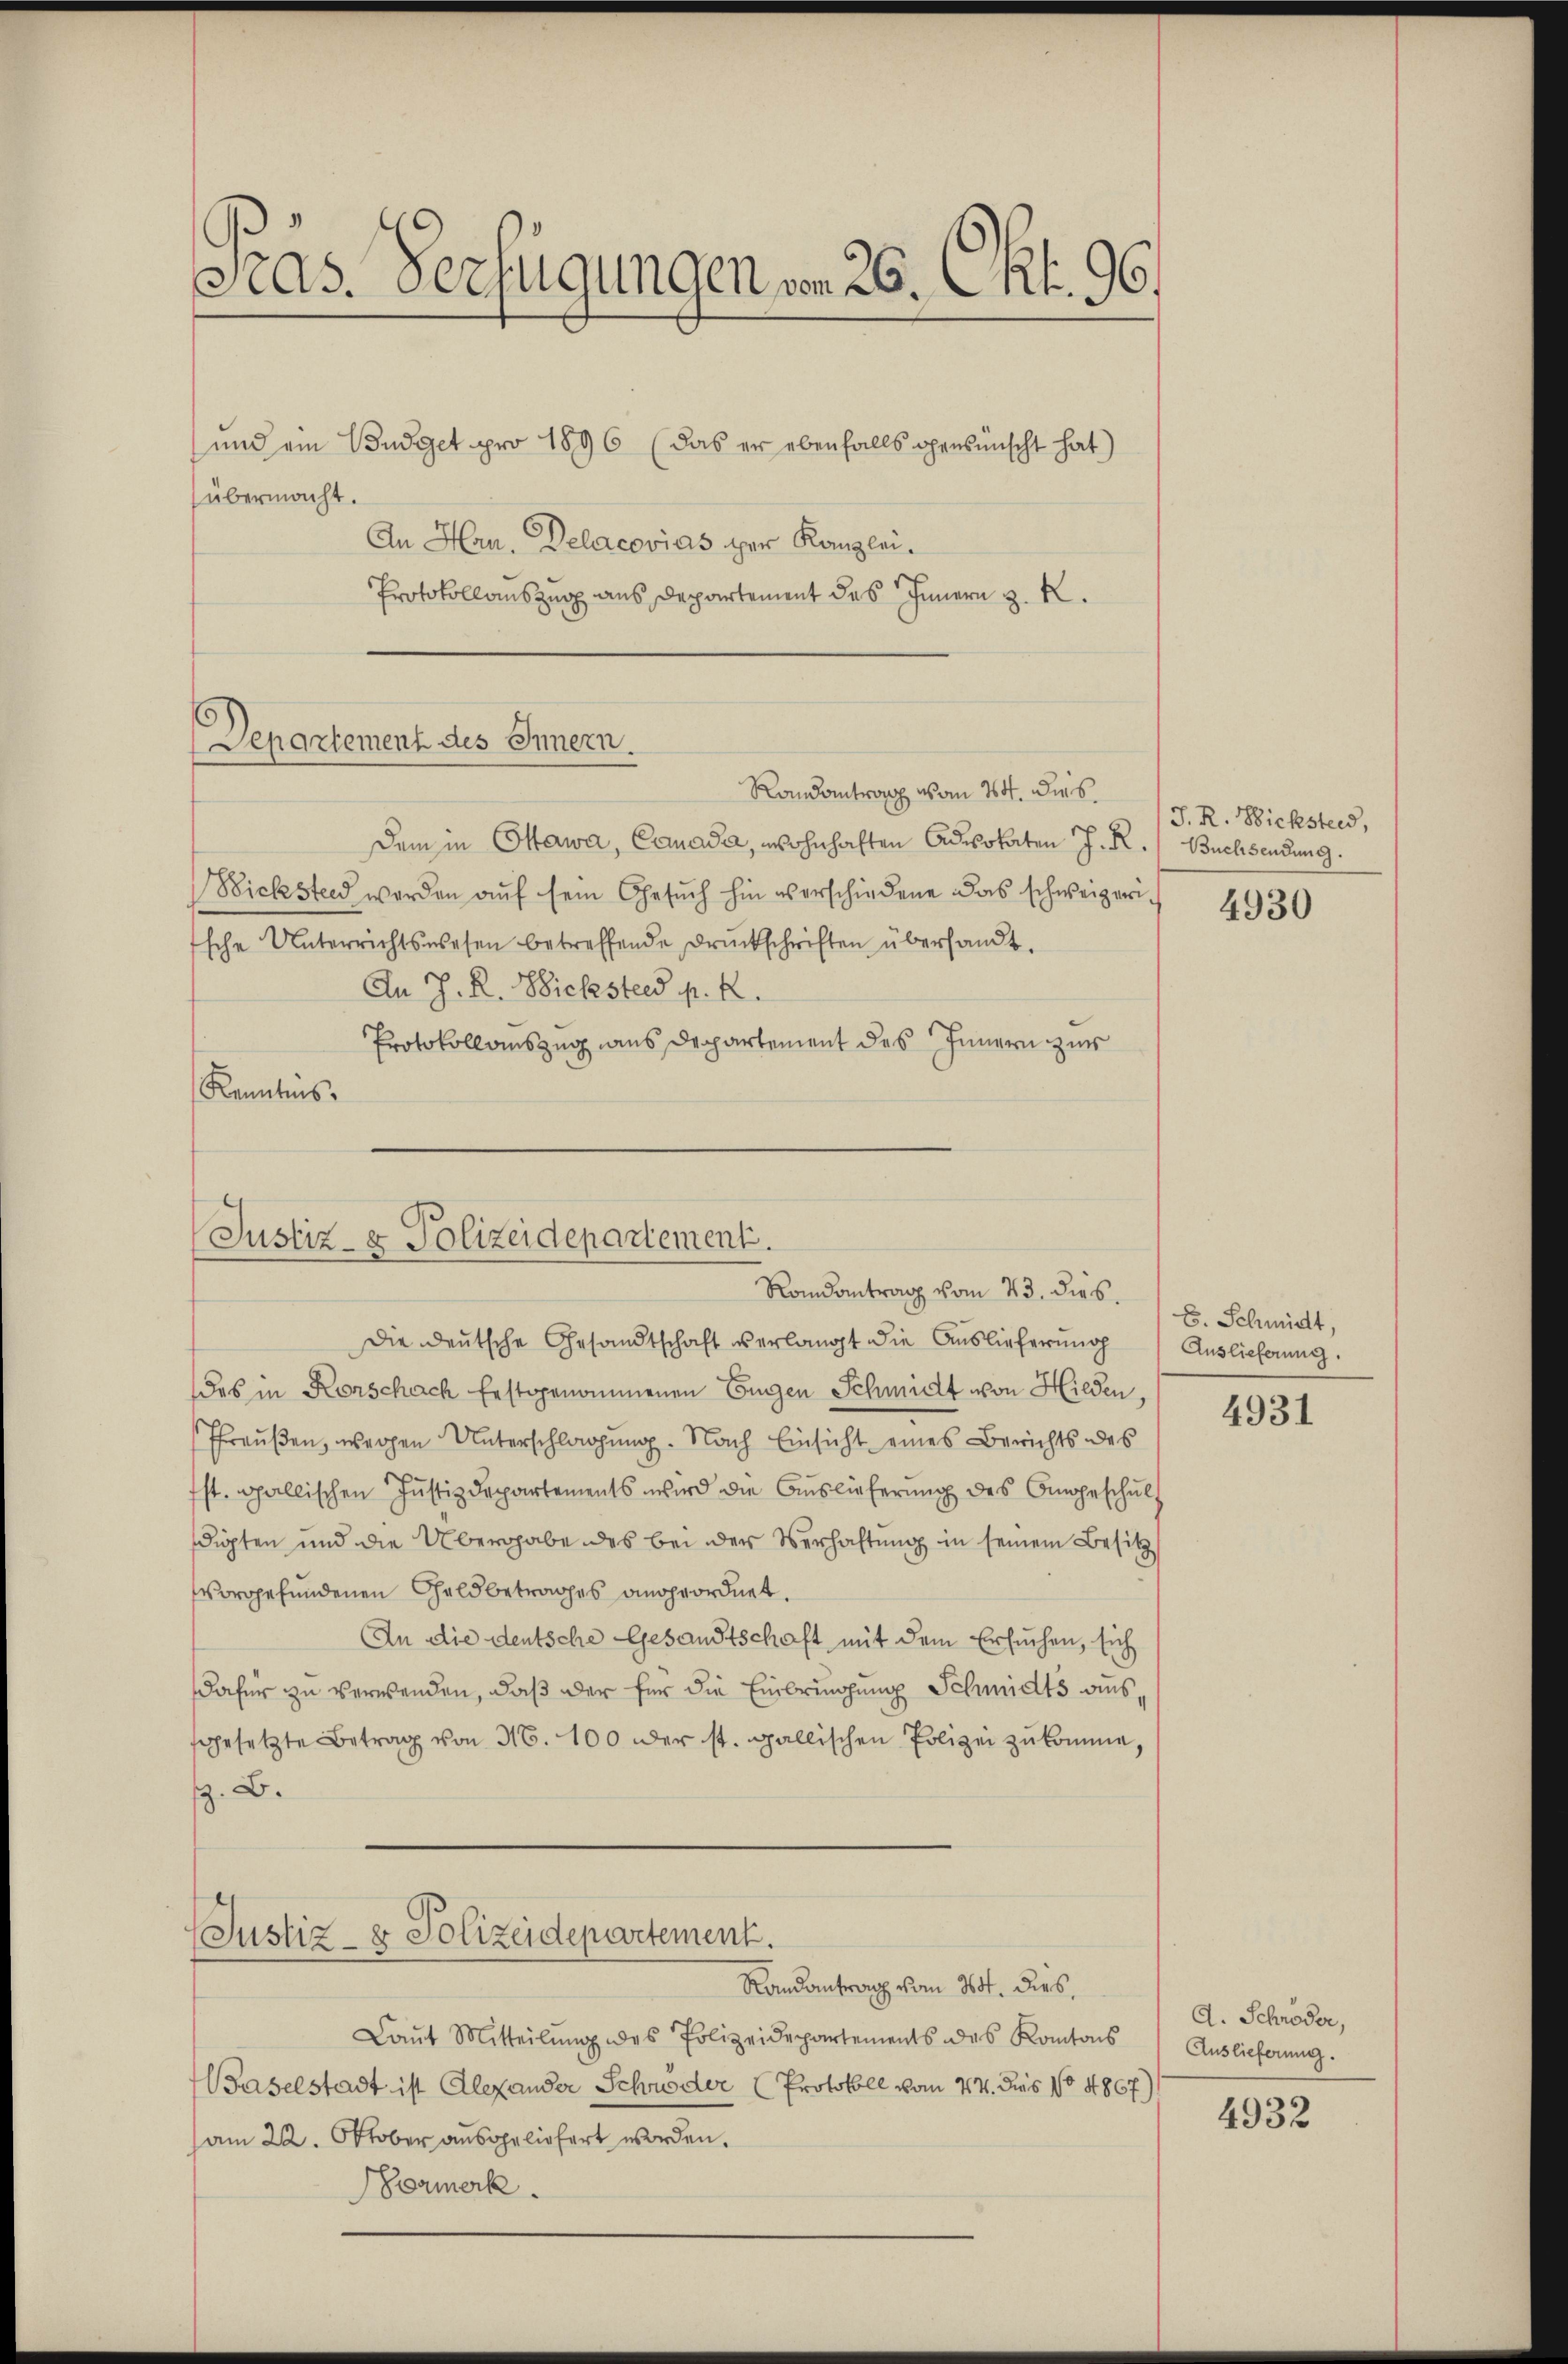
J.ds. Verfügungen vom 26. Okt. 196.

und ein Budget pro 1896 (das er ebenfalls gewünscht hat)
(übermacht.
An Hrn. Delacovias der Kanzlei.
Protokollauszug aus Departement des Innern z. K.
Randantrag vom 24. dies
dem in Ottawa, Canada, wohnhaften Advokaten J. R. (Buchsendung.
Bichstend werden aŭf sein Gesŭch hin verschiedene das schweizerische Unterrichtswesen betreffende Druckschriften übersandt.
An J. R. Wichsteed p. 2.
Protokollauszug aus Departement des Innern zur
Kenntnis.

Departement des Innern.

Justiz- & Polizeidepartement.
Randantrag vom 23. dies

die deutsche Gesandtschaft verlangt die Auslieferung Auslieferung.
des in Korschach festgenommenen Eugen Schmidt von Hilden,
Preußen, wegen Unterschlagung. Nach Einsicht eines Berichts des
st. gallischen Jŭstizdepartements wird die Aŭslieferŭng des Angeschŭl-
digten und die Übergabe des bei der Verhaltung in seinem Besitz
vorgefundenen Geldbetrages angeordnet.
An die deutsche Gesandtschaft mit dem Ersuchen, sich
dafür zu verwenden, daß der für die Einbringung Schmidts aussgesetzte Betrag von 16. 100 der st. gallischen Polizei zukomme,
z. B.
Justiz- & Polizeidepartement.
Randantrag vom 14. dies,
Laŭt Mitteilŭng des Polizeidepartements des Kantons Auslieferŭng.
Baselstadt ist Alexander Schweder Protokoll vom 24. Dies No 4867)
am 22. Oktober ausgeliefert worden.
Formerk.

J. R. Bicksteid,
4930

E. Schmidt,

4931

d. Schröder,

4932